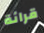
قرائة